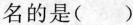
名的是( )